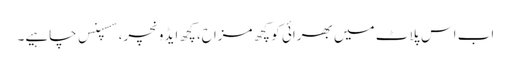
اب اس پلاٹ میں بھرائی کو کچھ مزاح، کچھ ایڈونچر، سسپنس چاہیے۔